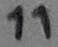
Text: 11